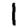
Digit: 1